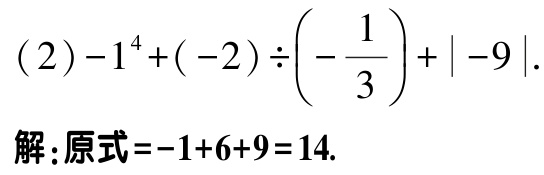
\((2)-1^{4}+(-2)\div\left(-\dfrac{1}{3}\right)+\vert -9\vert.\)
解：原式\(=-1 + 6 + 9 = 14.\)